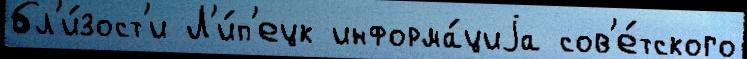
бл'и́зост'и Л'и́п'ецк информа́циjа сов'е́тского